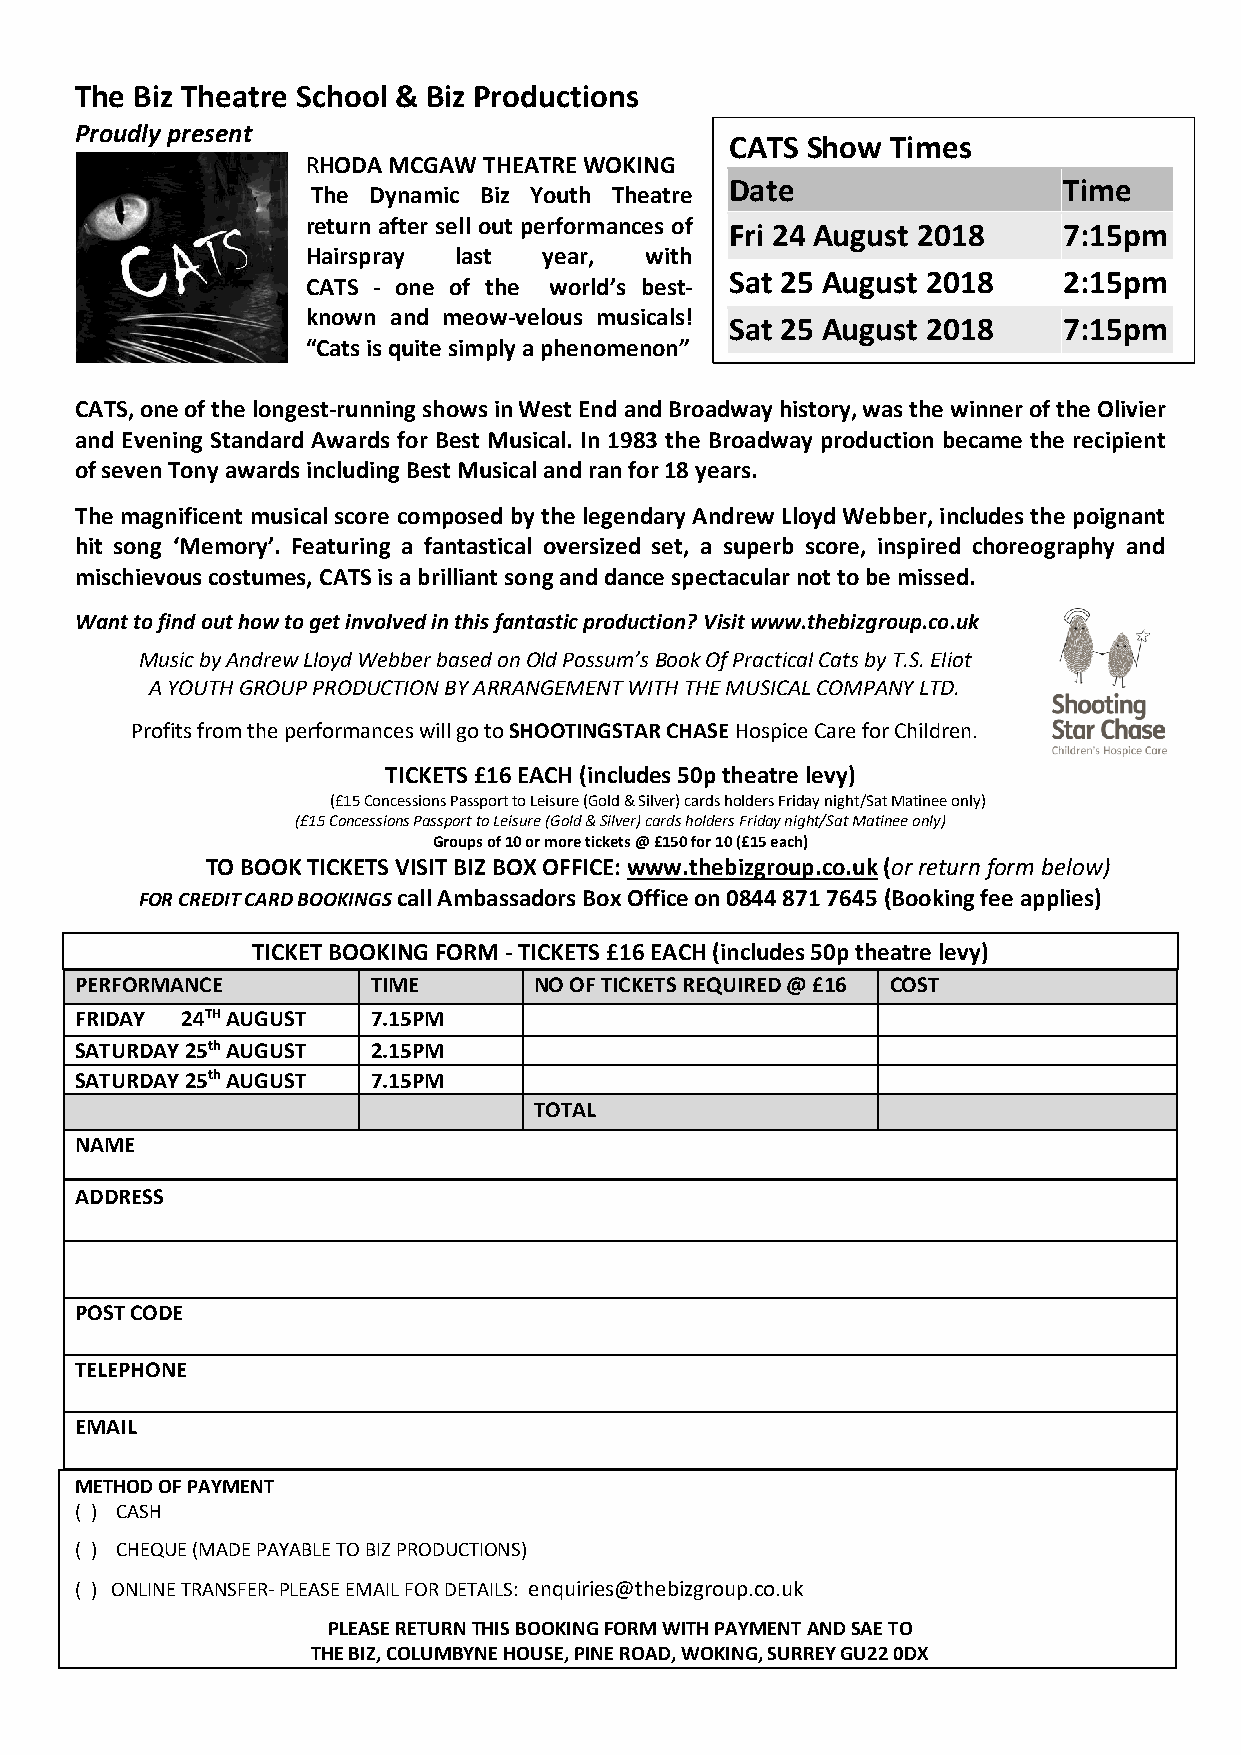
The Biz Theatre School & Biz Productions
 Proudly present
 CATS Show  Times
 RHODA MCGAW THEATRE WOKING
 Date                  Time
 The Dynamic Biz Youth Theatre
 return after sell out performances of Fri 24 August 2018 7:15pm
 Hairspray last  year,  with
 Sat 25 August 2018    2:15pm
 CATS - one of the world’s best-
 known and meow-velous musicals!
 Sat 25 August 2018    7:15pm
 “Cats is quite simply a phenomenon”
 CATS, one of the longest-running shows in West End and Broadway history, was the winner of the Olivier
 and Evening Standard Awards for Best Musical. In 1983 the Broadway production became the recipient
 of seven Tony awards including Best Musical and ran for 18 years.
 The magnificent musical score composed by the legendary Andrew Lloyd Webber, includes the poignant
 hit song ‘Memory’. Featuring a fantastical oversized set, a superb score, inspired choreography and
 mischievous costumes, CATS is a brilliant song and dance spectacular not to be missed.
 Want to find out how to get involved in this fantastic production? Visit www.thebizgroup.co.uk
 Music by Andrew Lloyd Webber based on Old Possum’s Book Of Practical Cats by T.S. Eliot
 A YOUTH GROUP PRODUCTION BY ARRANGEMENT WITH THE MUSICAL COMPANY LTD.
 Profits from the performances will go to SHOOTINGSTAR CHASE Hospice Care for Children.
 TICKETS £16 EACH (includes 50p theatre levy)
 (£15 Concessions Passport to Leisure (Gold & Silver) cards holders Friday night/Sat Matinee only)
 (£15 Concessions Passport to Leisure (Gold & Silver) cards holders Friday night/Sat Matinee only)
 Groups of 10 or more tickets @ £150 for 10 (£15 each)
 TO BOOK TICKETS VISIT BIZ BOX OFFICE: www.thebizgroup.co.uk (or return form below)
 FOR CREDIT CARD BOOKINGS call Ambassadors Box Office on 0844 871 7645 (Booking fee applies)
 TICKET BOOKING FORM - TICKETS £16 EACH (includes 50p theatre levy)
 PERFORMANCE         TIME      NO OF TICKETS REQUIRED @ £16 COST
 FRIDAY 24TH AUGUST  7.15PM
 SATURDAY 25th AUGUST 2.15PM
 SATURDAY 25th AUGUST 7.15PM
 TOTAL
 NAME
 ADDRESS
 POST CODE
 TELEPHONE
 EMAIL
 METHOD OF PAYMENT
 ( ) CASH
 ( ) CHEQUE (MADE PAYABLE TO BIZ PRODUCTIONS)
 ( ) ONLINE TRANSFER- PLEASE EMAIL FOR DETAILS: enquiries@thebizgroup.co.uk
 PLEASE RETURN THIS BOOKING FORM WITH PAYMENT AND SAE TO
 THE BIZ, COLUMBYNE HOUSE, PINE ROAD, WOKING, SURREY GU22 0DX